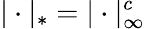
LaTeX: |\cdot|_{*}=|\cdot|_{\infty}^{c}